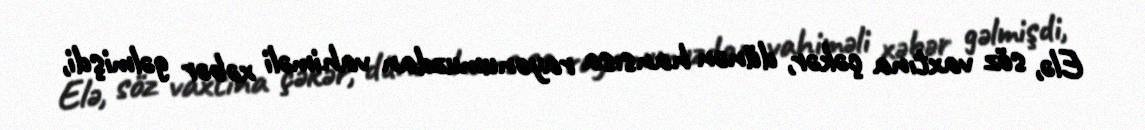
Elə, söz vaxtına çəkər, dünən hansısa rayonumuzdan vahiməli xəbər gəlmişdi,